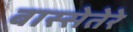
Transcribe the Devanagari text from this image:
बास्सेतेरे